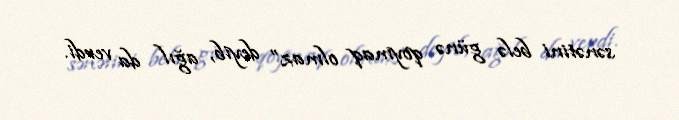
sənətini belə günə qoymaq olmaz” deyib, ağıl da verdi.